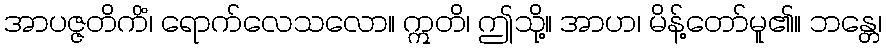
အာပဇ္ဇတိကိံ၊ ရောက်လေသလော။ ဣတိ၊ ဤသို့။ အာဟ၊ မိန့်တော်မူ၏။ ဘန္တေ၊